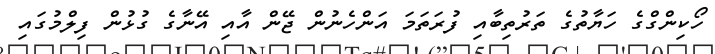
ހޯކިންގްގެ ހަޔާތުގެ ތަރުތިބާއި ފުރަތަމަ އަންހެނުން ޖޭން އާއި އޭނާގެ ގުޅުން ފިލްމުގައި